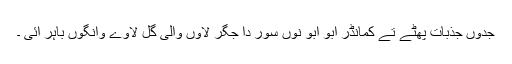
جدوں جذبات پھٹے تے کمانڈر ابو ابو نوں سور دا جگر لاوں والی گل لاوے وانگوں باہر آئی ۔